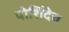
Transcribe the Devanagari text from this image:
पोशिंदेच